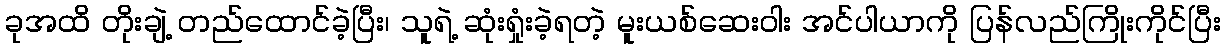
ခုအထိ တိုးချဲ့ တည်ထောင်ခဲ့ပြီး၊ သူရဲ့ ဆုံးရှုံးခဲ့ရတဲ့ မူးယစ်ဆေးဝါး အင်ပါယာကို ပြန်လည်ကြိုးကိုင်ပြီး